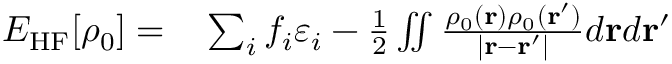
\begin{array} { r l } { E _ { \mathrm { H F } } [ \rho _ { 0 } ] = } & { { } \sum _ { i } f _ { i } \varepsilon _ { i } - \frac { 1 } { 2 } \iint \frac { \rho _ { 0 } ( { \bf r } ) \rho _ { 0 } ( { \bf r ^ { \prime } } ) } { \vert { \bf r - r ^ { \prime } } \vert } d { \bf r } d { \bf r ^ { \prime } } } \end{array}